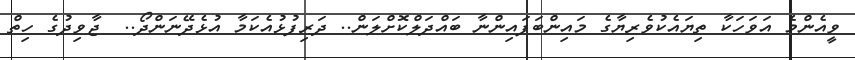
ވީއެންމެ އަވަހަކާ ތިޔައެކުވެރިޔާގެ މައިންބަފައިންނާ ބައްދަލްކޮށްލަން.. ދަރިފުޅުއެކަމާ އުޅެދޭނަންދޯ..  ޖާވިދުގެ ހިތް